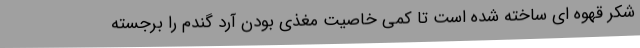
شکر قهوه ای ساخته شده است تا کمی خاصیت مغذی بودن آرد گندم را برجسته